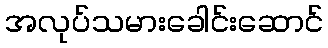
အလုပ်သမားခေါင်းဆောင်